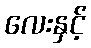
လေးနှင့်